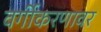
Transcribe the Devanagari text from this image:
वर्गीकरणावर